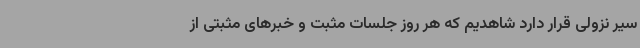
سیر نزولی قرار دارد شاهدیم که هر روز جلسات مثبت و خبرهای مثبتی از